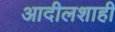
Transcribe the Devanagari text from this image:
आदीलशाही